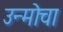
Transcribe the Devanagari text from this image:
उन्मोचा